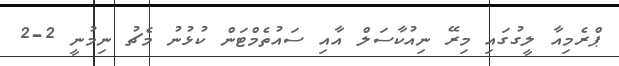
ޕްރެމިއާ ލީގުގައި މިރޭ ނިއުކާސަލް އާއި ސައުތެމްޓަން ކުޅުނު މެޗު ނިމުނީ 2-2